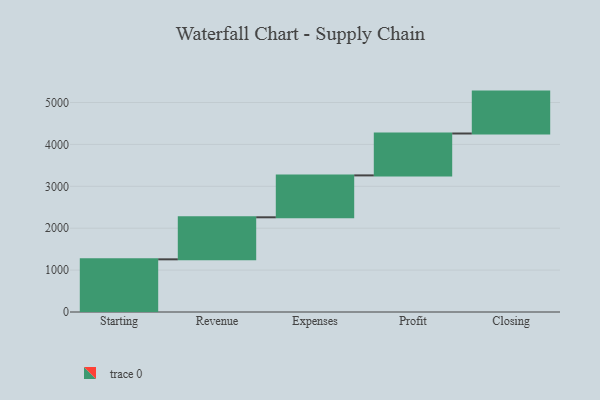
{"axis": {"x": "Step", "y": "Value"}, "legend": [""], "data": [{"x": "Starting", "y": 1257.0, "type": ""}, {"x": "Revenue", "y": 1003.0, "type": ""}, {"x": "Expenses", "y": 1000, "type": ""}, {"x": "Profit", "y": 1000, "type": ""}, {"x": "Closing", "y": 1000, "type": ""}]}